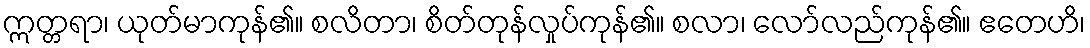
ဣတ္တရာ၊ ယုတ်မာကုန်၏။ စလိတာ၊ စိတ်တုန်လှုပ်ကုန်၏။ စလာ၊ လော်လည်ကုန်၏။ ဧတေဟိ၊